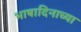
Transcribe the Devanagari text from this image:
भाषादिनाच्या